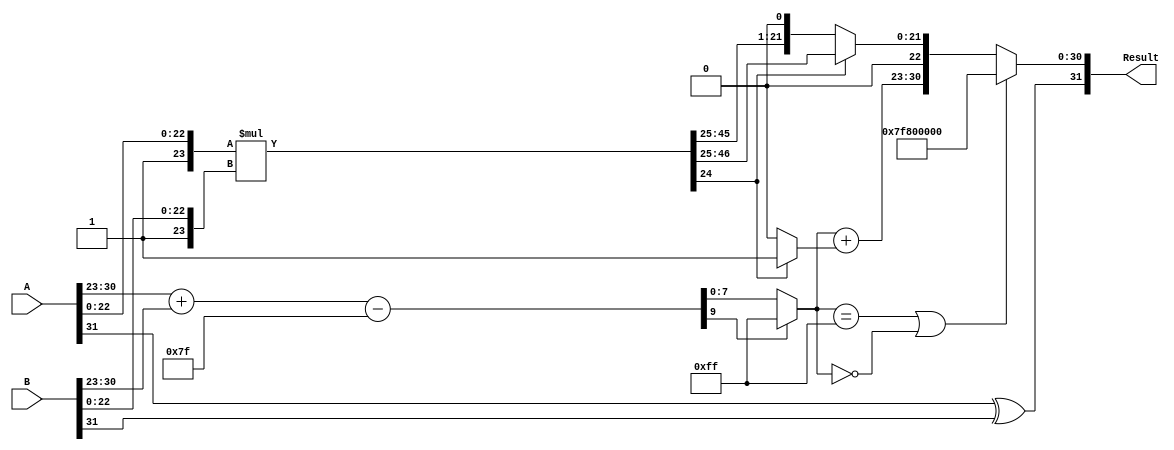
module floating_point_multiplier (
    input  wire [31:0] A,      // First 32-bit floating-point number
    input  wire [31:0] B,      // Second 32-bit floating-point number
    output reg  [31:0] Result   // Resulting 32-bit floating-point product
);

    // Constants
    localparam BIAS = 127;
    localparam EXPONENT_WIDTH = 8;
    localparam FRACTION_WIDTH = 23;

    // Decomposition of input A
    wire S_A = A[31];                       // Sign bit of A
    wire [EXPONENT_WIDTH-1:0] E_A = A[30:23]; // Exponent of A
    wire [FRACTION_WIDTH-1:0] F_A = A[22:0];   // Fraction of A

    // Decomposition of input B
    wire S_B = B[31];                       // Sign bit of B
    wire [EXPONENT_WIDTH-1:0] E_B = B[30:23]; // Exponent of B
    wire [FRACTION_WIDTH-1:0] F_B = B[22:0];   // Fraction of B

    // Sign calculation
    wire S_R = S_A ^ S_B;                   // Result sign

    // Exponent calculation
    wire [EXPONENT_WIDTH+1:0] E_R_temp = {1'b0, E_A} + {1'b0, E_B} - BIAS;
    wire [EXPONENT_WIDTH-1:0] E_R = E_R_temp[EXPONENT_WIDTH+1] ? 8'hFF : E_R_temp[EXPONENT_WIDTH-1:0]; // Handle overflow

    // Fraction multiplication
    wire [FRACTION_WIDTH*2:0] F_R_temp = {1'b1, F_A} * {1'b1, F_B}; // Include implicit leading 1
    wire [FRACTION_WIDTH:0] F_R = F_R_temp[FRACTION_WIDTH*2:FRACTION_WIDTH+1]; // Take the top 24 bits for normalization
    wire [FRACTION_WIDTH-1:0] F_R_normalized = F_R_temp[FRACTION_WIDTH-1:0];

    // Normalization
    wire [FRACTION_WIDTH-1:0] normalized_fraction;
    wire [EXPONENT_WIDTH-1:0] exponent_adjustment;
    
    assign normalized_fraction = F_R[0] ? (F_R[FRACTION_WIDTH-1:1]) : (F_R[FRACTION_WIDTH-2:0]); // Shift right if not normalized
    assign exponent_adjustment = F_R[0] ? 1 : 0;

    // Final exponent after normalization
    wire [EXPONENT_WIDTH-1:0] E_R_final = E_R + exponent_adjustment;

    // Rounding (not implemented here, but can be added)
    wire [FRACTION_WIDTH-1:0] final_fraction = normalized_fraction; // Placeholder for rounding logic

    // Assemble the final result
    always @* begin
        if (E_R == 8'hFF || E_R == 8'h00) begin // Check for special cases (overflow / underflow)
            Result = {S_R, 8'hFF, 23'b0}; // Set to infinity
        end else begin
            Result = {S_R, E_R_final, final_fraction};
        end
    end

endmodule